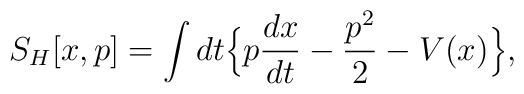
S_{H}[x,p] =\int dt \Big\{ p\frac{dx}{dt} -\frac{p^2}{2} - V(x)\Big\},